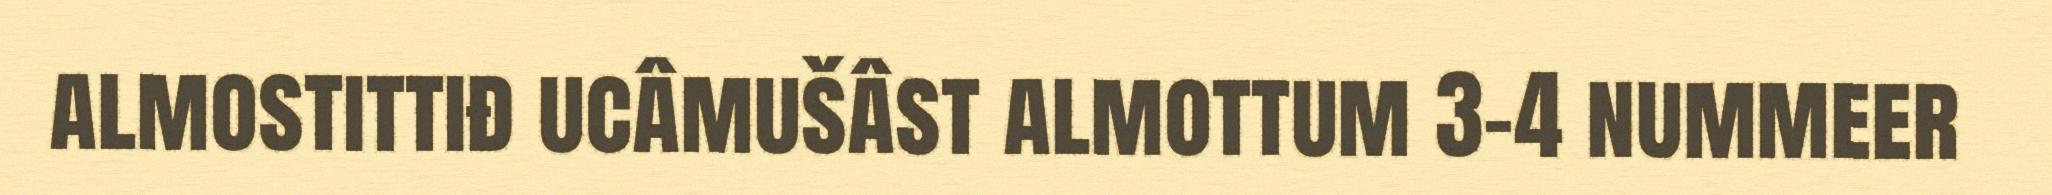
almostittiđ ucâmušâst almottum 3-4 nummeer